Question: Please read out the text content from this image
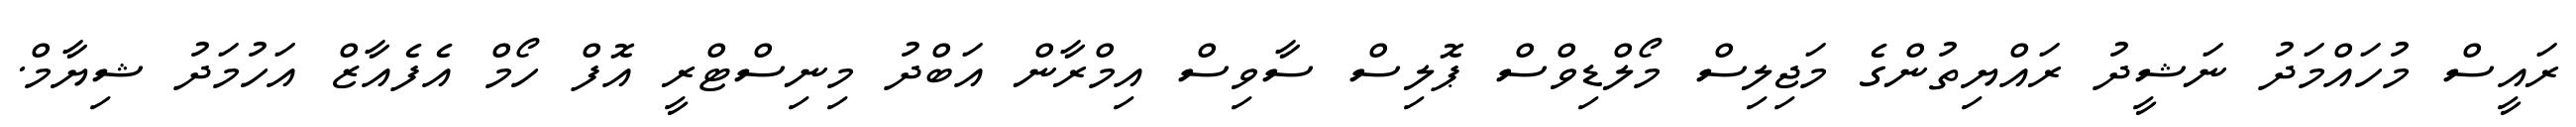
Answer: ރައީސް މުހައްމަދު ނަޝީދު ރައްޔިތުންގެ މަޖިލިސް މޯލްޑިވްސް ޕޮލިސް ސާވިސް އިމްރާން އަބްދު މިނިސްޓްރީ އޮފް ހޯމް އެފެއާޒް އަހުމަދު ޝިޔާމް.